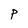
Character: P